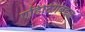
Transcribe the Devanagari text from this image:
एडिटिंगबद्दल